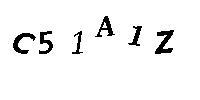
C51A1Z